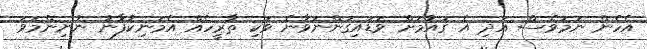
އެހެން ނަމަވެސް އަދި އެ ގައުމަށް ވަޑައިގަންނަވާނެ ވަކި ތާރީހެއް އެމަނިކުފާނު ނުނިންމަވަ